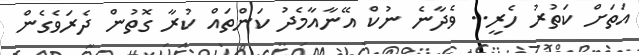
އަތަށް ކަތުރު ހެރީ.. ވެދާނެ ނުކް އޭނާއާމެދު ކަންތައް ކުރާ ގޮތުން ދެރަވެގެން